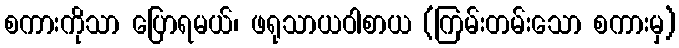
စကားကိုသာ ပြောရမယ်၊ ဖရုသာယဝါစာယ (ကြမ်းတမ်းသော စကားမှ)